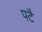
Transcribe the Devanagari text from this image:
पटै